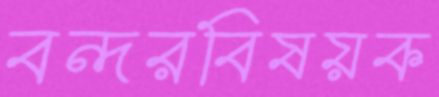
বন্দরবিষয়ক